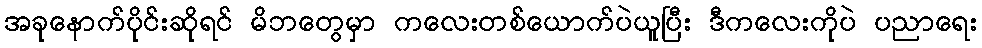
အခုနောက်ပိုင်းဆိုရင် မိဘတွေမှာ ကလေးတစ်ယောက်ပဲယူပြီး ဒီကလေးကိုပဲ ပညာရေး